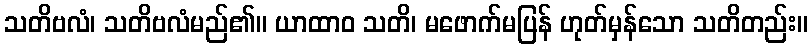
သတိဗလံ၊ သတိဗလံမည်၏။ ယာထာဝ သတိ၊ မဖောက်မပြန် ဟုတ်မှန်သော သတိတည်း။